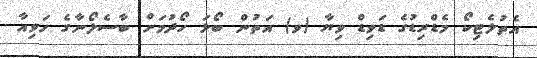
އެތުލެޓިކޯ މެޑްރިޑުގެ ޑަވިޑް ވިޔާ (ވ) އަތުން ބޯޅަ ހޯދުމަށް ބާސެލޯނާގެ ހަވިއާ